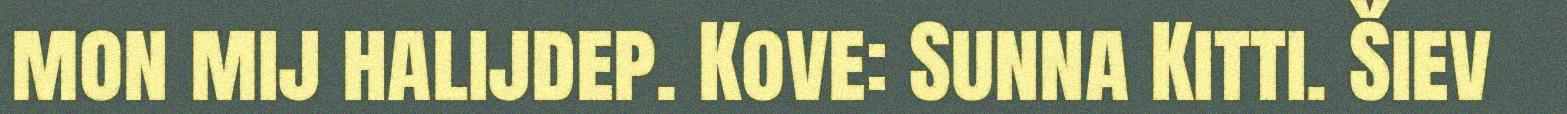
mon mij halijdep. Kove: Sunna Kitti. Šiev